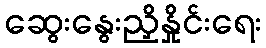
ဆွေးနွေးညှိနှိုင်းရေး